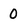
Character: 0